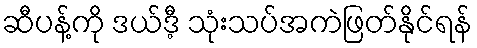
ဆီပန့်ကို ဒယ်ဒီ့ သုံးသပ်အကဲဖြတ်နိုင်ရန်